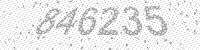
Solution: 846235